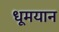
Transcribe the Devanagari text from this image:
धूमयान